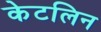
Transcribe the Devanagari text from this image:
केटलिन